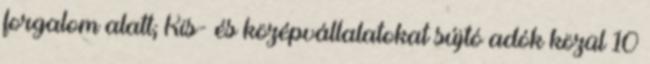
forgalom alatt; Kis- és középvállalatokat sújtó adók közül 10